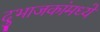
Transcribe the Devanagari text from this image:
दुभाजकांमध्ये